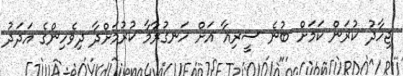
ޖިހާދު ކުރަން ކަމަށް ބުނެ ސީރިއާ އަށް ހަނގުރާމާ ކުރުމަށްދާ ދިވެހިންގެ އަދަދު